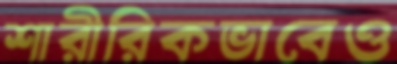
শারীরিকভাবেও